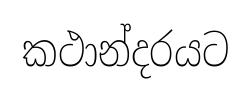
කථාන්දරයට